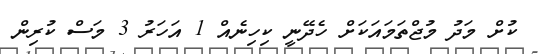
ކުށް މަދު މުޖްތަމައަކަށް ހެދޭނީ ކިހިނެއް 1 އަހަރު 3 މަސް ކުރިން